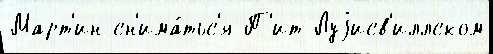
Март'ин сн'има́тьс'я П'ит Луjисв'иллском